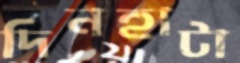
দিনহাটা